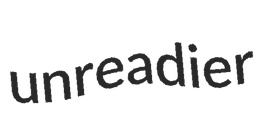
unreadier